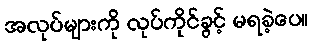
အလုပ်များကို လုပ်ကိုင်ခွင့် မရခဲ့ပေ။